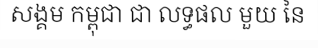
សង្គម កម្ពុជា ជា លទ្ធផល មួយ នៃ